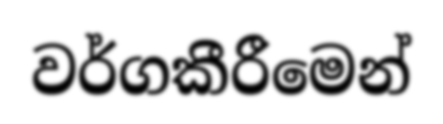
වර්ගකීරීමෙන්